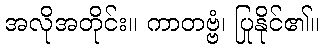
အလိုအတိုင်း။ ကာတဗ္ဗံ၊ ပြုနိုင်၏။